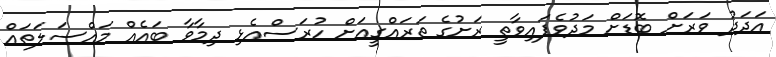
އަދަދު ވަރަށް ބޮޑަށް މަދުވެފައިވާތީ ރަށުގެ ތަރައްގީއަށް ހުރަސްއެޅި ދިމާވާ ބައެއް މައްސަލަތައް